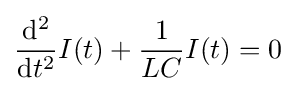
{\frac {\mathrm {d} ^{2}}{\mathrm {d} t^{2}}}I(t)+{\frac {1}{LC}}I(t)=0